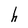
Character: h